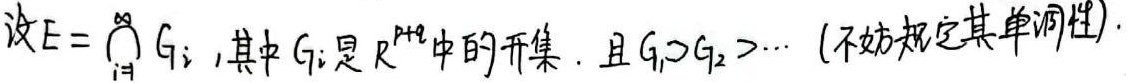
设\(E = \bigcap_{i = 1}^{\infty} G_{i}\)，其中\(G_{i}\)是\(\mathbb{R}^{p + q}\)中的开集，且\(G_{1}\supset G_{2}\supset\cdots\)（不妨规定其单调性）。